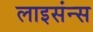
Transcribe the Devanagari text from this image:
लाइसंन्स